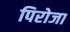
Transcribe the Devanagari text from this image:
पिरोजा